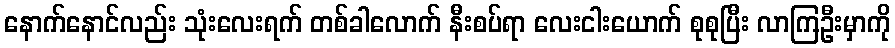
နောက်နောင်လည်း သုံးလေးရက် တစ်ခါလောက် နီးစပ်ရာ လေးငါးယောက် စုစုပြီး လာကြဦးမှာကို